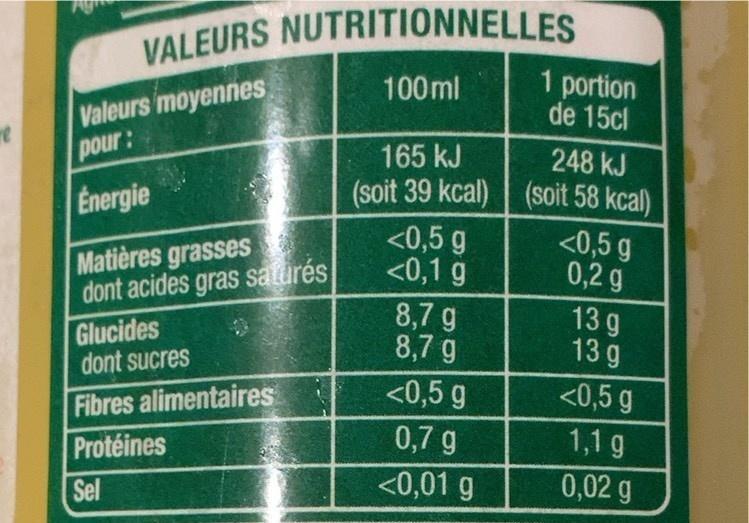
re
VALEURS NUTRITIONNELLES
Valeurs moyennes
pour:
Energie
Matières grasses dont acides gras saturés
Glucides
dont sucres
Fibres alimentaires
Protéines
Sel
100ml
165 kJ
(soit 39 kcal)
<0,5 g
<0,1 g
8,7 g
8,7 g
<0,5 g
0,7 g
<0,01 g
1 portion
de 15cl
248 kJ
(soit 58 kcal)
<0,5 g
0,2 g
13 g
13 g
<0,5 g
1,1 g
0,02 g